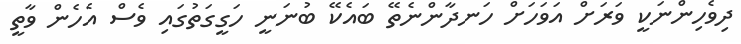
ދިވެހިންނަކީ ވަރަށް އަވަހަށް ހަނދާންނެތޭ ބައެކޭ ބުނަނީ ހަގީގަތުގައި ވެސް އެހެން ވާތީ